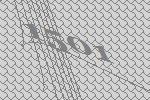
1501